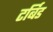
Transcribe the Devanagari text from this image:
टर्बिड